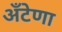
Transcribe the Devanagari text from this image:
अँटेणा